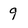
Character: 9